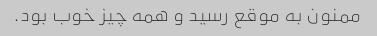
ممنون به موقع رسید و همه چیز خوب بود.